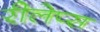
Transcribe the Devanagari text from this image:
रीलेप्स